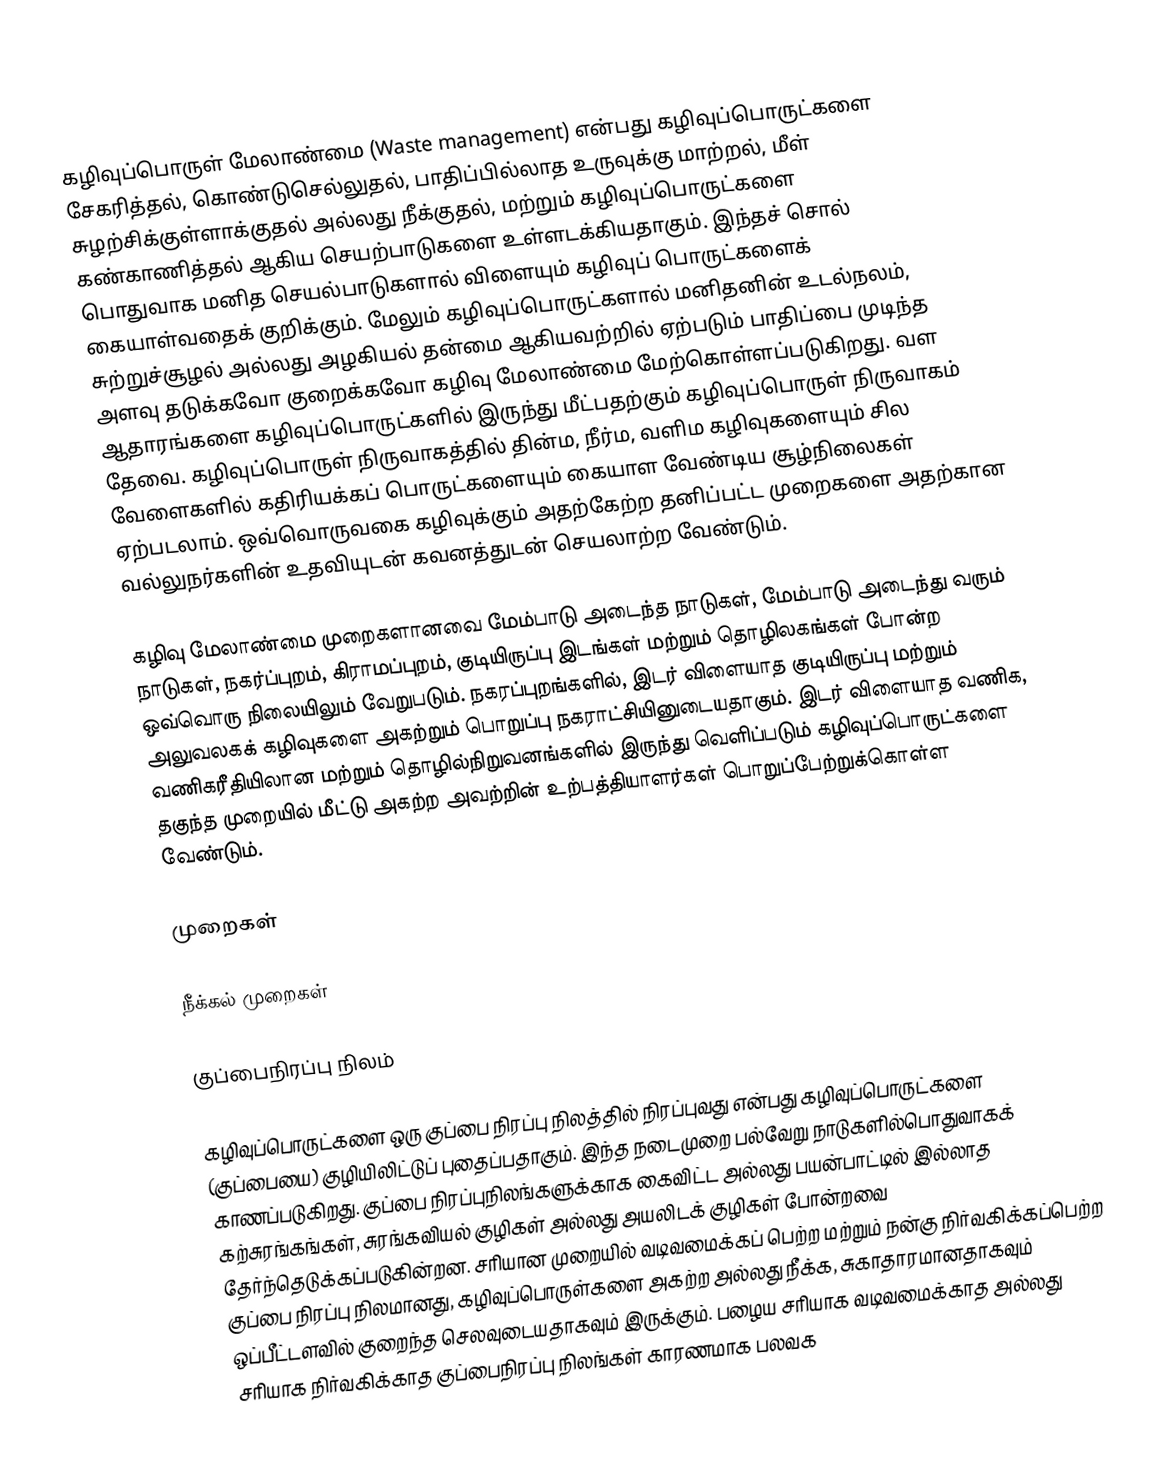
கழிவுப்பொருள் மேலாண்மை (Waste management) என்பது கழிவுப்பொருட்களை சேகரித்தல், கொண்டுசெல்லுதல், பாதிப்பில்லாத உருவுக்கு மாற்றல், மீள் சுழற்சிக்குள்ளாக்குதல் அல்லது நீக்குதல், மற்றும் கழிவுப்பொருட்களை கண்காணித்தல் ஆகிய செயற்பாடுகளை உள்ளடக்கியதாகும். இந்தச் சொல் பொதுவாக மனித செயல்பாடுகளால் விளையும் கழிவுப் பொருட்களைக் கையாள்வதைக் குறிக்கும். மேலும் கழிவுப்பொருட்களால் மனிதனின் உடல்நலம், சுற்றுச்சூழல் அல்லது அழகியல் தன்மை ஆகியவற்றில் ஏற்படும் பாதிப்பை முடிந்த அளவு தடுக்கவோ குறைக்கவோ கழிவு மேலாண்மை மேற்கொள்ளப்படுகிறது. வள ஆதாரங்களை கழிவுப்பொருட்களில் இருந்து மீட்பதற்கும் கழிவுப்பொருள் நிருவாகம் தேவை. கழிவுப்பொருள் நிருவாகத்தில் தின்ம, நீர்ம, வளிம கழிவுகளையும் சில வேளைகளில்  கதிரியக்கப் பொருட்களையும் கையாள வேண்டிய சூழ்நிலைகள் ஏற்படலாம். ஒவ்வொருவகை கழிவுக்கும் அதற்கேற்ற தனிப்பட்ட முறைகளை அதற்கான வல்லுநர்களின் உதவியுடன் கவனத்துடன் செயலாற்ற வேண்டும்.

கழிவு மேலாண்மை முறைகளானவை மேம்பாடு அடைந்த நாடுகள், மேம்பாடு அடைந்து வரும் நாடுகள், நகர்ப்புறம், கிராமப்புறம், குடியிருப்பு இடங்கள் மற்றும் தொழிலகங்கள் போன்ற ஒவ்வொரு நிலையிலும் வேறுபடும். நகரப்புறங்களில், இடர் விளையாத குடியிருப்பு மற்றும் அலுவலகக் கழிவுகளை அகற்றும் பொறுப்பு நகராட்சியினுடையதாகும். இடர் விளையாத வணிக, வணிகரீதியிலான மற்றும் தொழில்நிறுவனங்களில் இருந்து வெளிப்படும் கழிவுப்பொருட்களை தகுந்த முறையில் மீட்டு அகற்ற அவற்றின் உற்பத்தியாளர்கள் பொறுப்பேற்றுக்கொள்ள வேண்டும்.

முறைகள்

நீக்கல் முறைகள்

குப்பைநிரப்பு நிலம்

கழிவுப்பொருட்களை ஒரு குப்பை நிரப்பு நிலத்தில் நிரப்புவது என்பது கழிவுப்பொருட்களை (குப்பையை) குழியிலிட்டுப் புதைப்பதாகும். இந்த நடைமுறை  பல்வேறு நாடுகளில்பொதுவாகக் காணப்படுகிறது. குப்பை நிரப்புநிலங்களுக்காக கைவிட்ட அல்லது பயன்பாட்டில் இல்லாத கற்சுரங்கங்கள், சுரங்கவியல் குழிகள் அல்லது அயலிடக் குழிகள் போன்றவை தேர்ந்தெடுக்கப்படுகின்றன. சரியான முறையில் வடிவமைக்கப் பெற்ற மற்றும் நன்கு நிர்வகிக்கப்பெற்ற குப்பை நிரப்பு நிலமானது, கழிவுப்பொருள்களை அகற்ற அல்லது நீக்க,  சுகாதாரமானதாகவும் ஒப்பீட்டளவில் குறைந்த செலவுடையதாகவும் இருக்கும். பழைய சரியாக வடிவமைக்காத  அல்லது சரியாக நிர்வகிக்காத குப்பைநிரப்பு நிலங்கள் காரணமாக பலவக